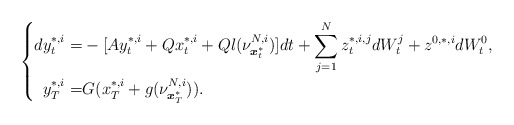
\begin{align*} \left\{ \begin{aligned}dy^{*,i}_t=&-[Ay^{*,i}_t+Qx^{*,i}_t+Ql(\nu^{N,i}_{\boldsymbol{x}^*_t})]dt+\sum_{j=1}^Nz_t^{*,i,j} dW^j_t+z^{0,*,i}dW^0_t,\\ y^{*,i}_T=& G(x_T^{*,i}+g(\nu^{N,i}_{\boldsymbol{x}^*_T})). \end{aligned} \right. \end{align*}